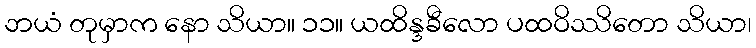
ဘယံ တုမှာက နော သိယာ။ ၁၁။ ယထိန္ဒခီလော ပထဝိဿိတော သိယာ၊